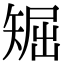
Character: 𥏘